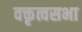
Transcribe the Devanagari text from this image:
वक्तृत्वसभा